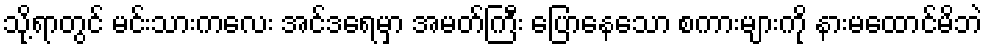
သို့ရာတွင် မင်းသားကလေး အင်ဒရေမှာ အမတ်ကြီး ပြောနေသော စကားများကို နားမထောင်မိဘဲ